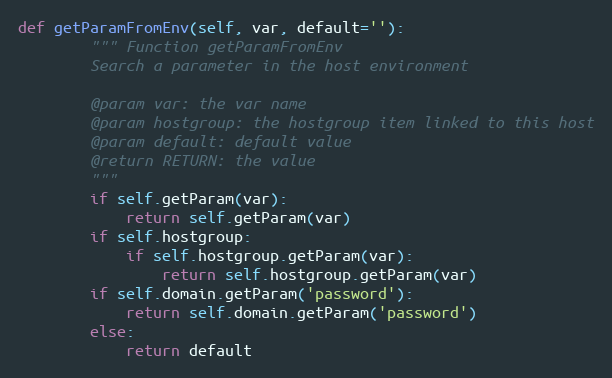
Language: Python
def getParamFromEnv(self, var, default=''):
        """ Function getParamFromEnv
        Search a parameter in the host environment

        @param var: the var name
        @param hostgroup: the hostgroup item linked to this host
        @param default: default value
        @return RETURN: the value
        """
        if self.getParam(var):
            return self.getParam(var)
        if self.hostgroup:
            if self.hostgroup.getParam(var):
                return self.hostgroup.getParam(var)
        if self.domain.getParam('password'):
            return self.domain.getParam('password')
        else:
            return default